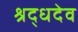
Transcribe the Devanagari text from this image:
श्रद्धदेव